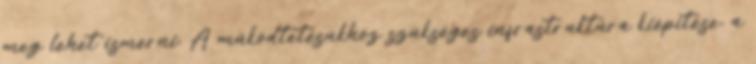
meg lehet ismerni. A működtetésükhöz szükséges infrastruktúra kiépítése, a